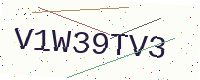
Text: V1W39TV3